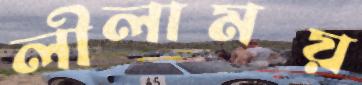
লীলাময়